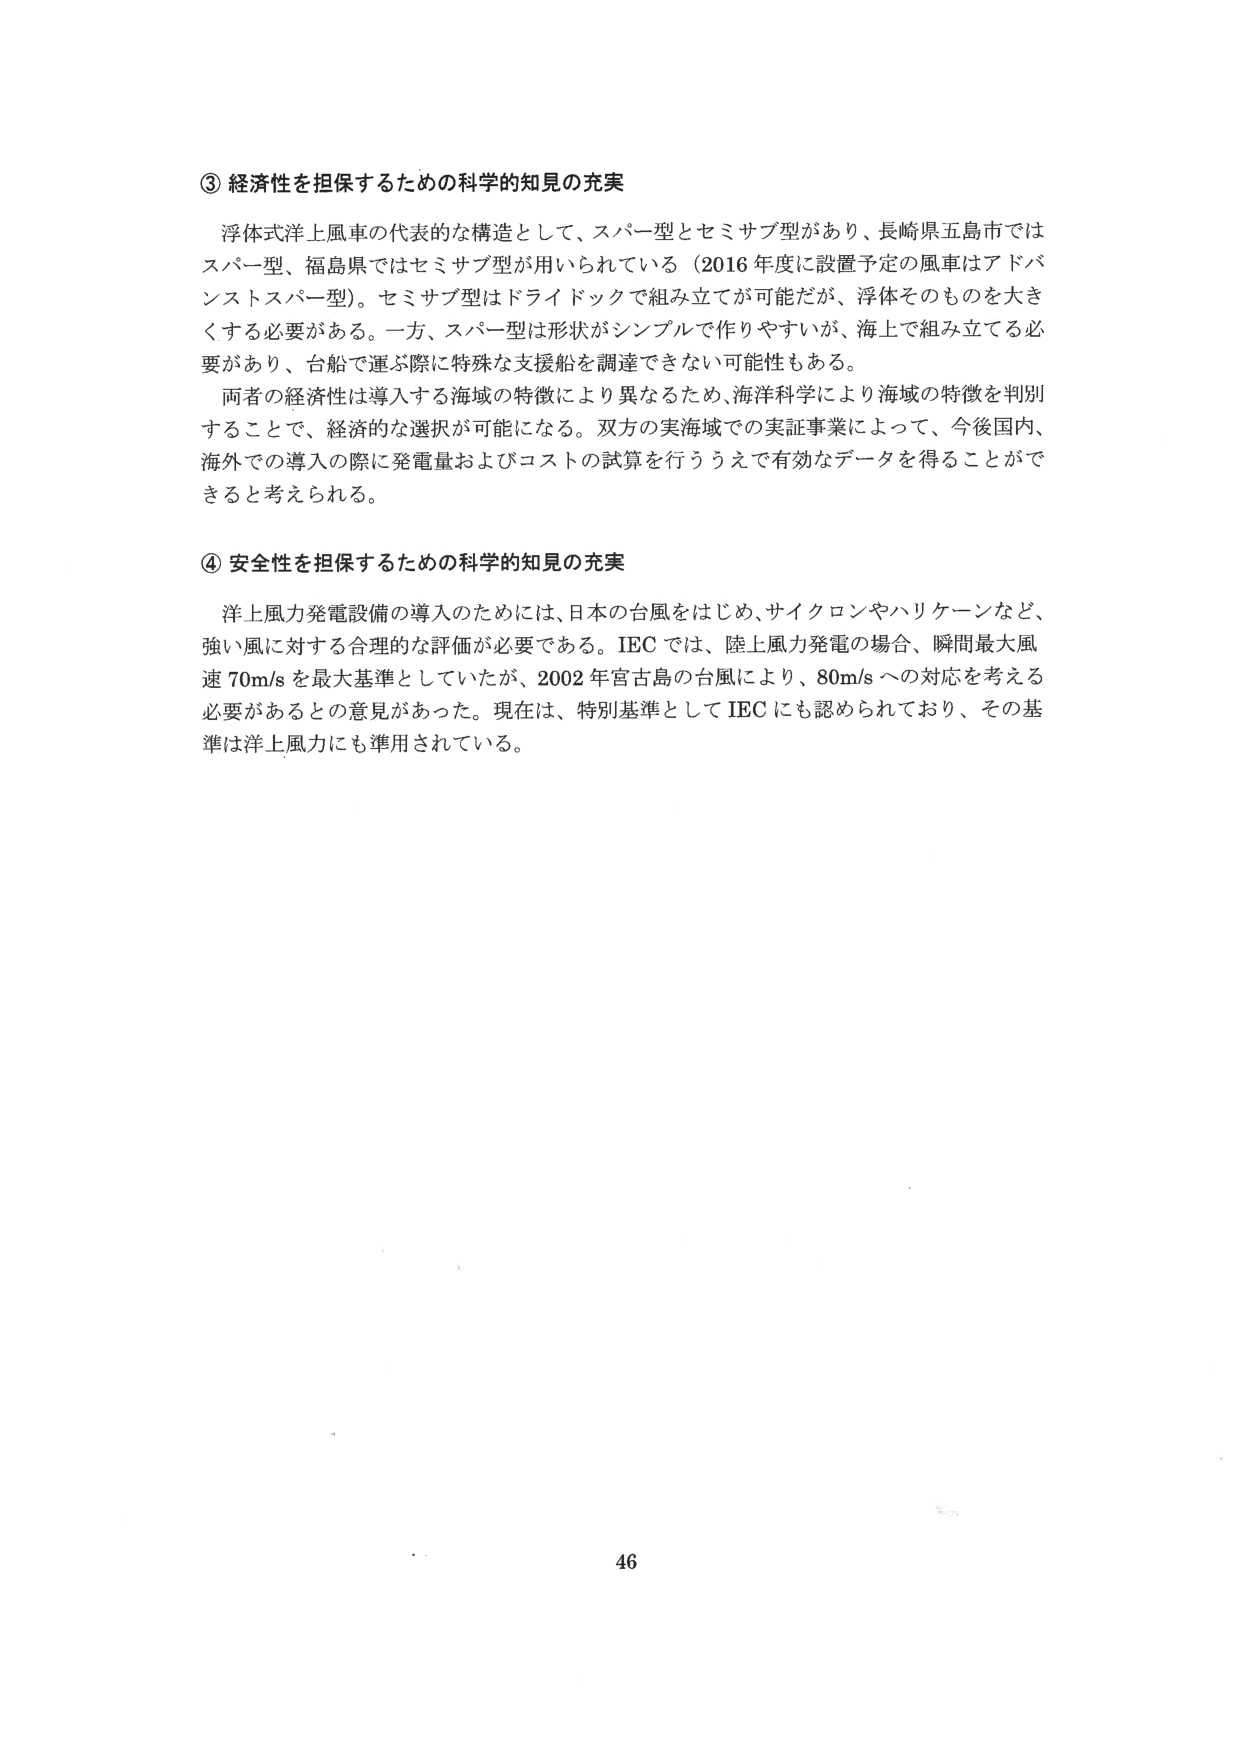
③ 経済性を担保するための科学的知見の充実

浮体式洋上風車の代表的な構造として、スパー型とセミサブ型があり、長崎県五島市ではスパー型、福島県ではセミサブ型が用いられている（2016年度に設置予定の風車はアドバシストスパー型）。セミサブ型はドライドックで組み立てが可能だが、浮体そのものを大きくする必要がある。一方、スパー型は形状がシンプルで作りやすいが、海上で組み立てる必要があり、台船で運ぶ際に特殊な支援船を調達できない可能性もある。

両者の経済性は導入する海域の特徴により異なるため、海洋科学により海域の特徴を判別することで、経済的な選択が可能になる。双方の実海域での実証事業によって、今後国内、海外での導入の際に発電量およびコストの試算を行ううえで有効なデータを得ることができると考えられる。

④ 安全性を担保するための科学的知見の充実

洋上風力発電設備の導入のためには、日本の台風をはじめ、サイクロンやハリケーンなど、強い風に対する合理的な評価が必要である。IECでは、陸上風力発電の場合、瞬間最大風速70m/sを最大基準としていたが、2002年宮古島の台風により、80m/sへの対応を考える必要があるとの意見があった。現在は、特別基準としてIECにも認められており、その基準は洋上風力にも準用されている。

46